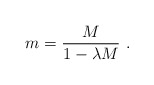
\begin{align*}m=\frac{M}{1-\lambda M}~.\end{align*}